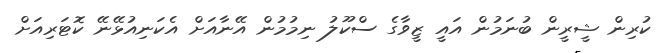
ކުރިން ޝީރީން ބުނަމުން އައީ ޒީވާގެ ސްކޫލު ނިމުމުން އޭނާއަށް އެކަނިއުޅޭނޭ ކޮޓަރިއަށް